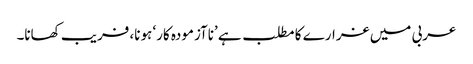
عربی میں غرارے کا مطلب ہے ’ناآزمودہ کار‘ ہونا، فریب کھانا۔